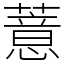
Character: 薏